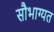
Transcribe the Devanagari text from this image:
सौभाग्यत